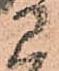
に